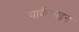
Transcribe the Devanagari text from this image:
पार्केसाइन